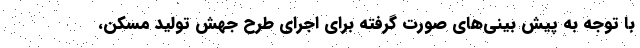
با توجه به پیش بینی‌های صورت گرفته برای اجرای طرح جهش تولید مسکن،